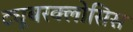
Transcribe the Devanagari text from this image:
ट्यूबरक्लोसिस